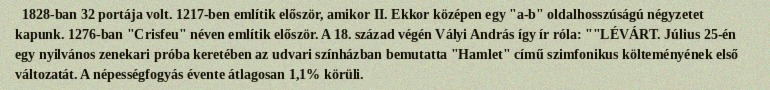
1828-ban 32 portája volt. 1217-ben említik először, amikor II. Ekkor középen egy "a-b" oldalhosszúságú négyzetet kapunk. 1276-ban "Crisfeu" néven említik először. A 18. század végén Vályi András így ír róla: ""LÉVÁRT. Július 25-én egy nyilvános zenekari próba keretében az udvari színházban bemutatta "Hamlet" című szimfonikus költeményének első változatát. A népességfogyás évente átlagosan 1,1% körüli.